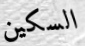
السكين